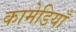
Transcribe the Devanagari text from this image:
कामेडियाँ